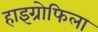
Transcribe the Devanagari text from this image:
हाइग्रोफिला